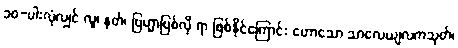
၁၀-ပါးလုံလျှင် လူ၊ နတ်၊ ဗြဟ္မာဖြစ်လို ရာ ဖြစ်နိုင်ကြောင်း ဟောသော သာလေယျလကသုတ်၊